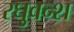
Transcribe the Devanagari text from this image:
रघुवन्श